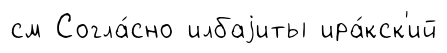
см Согла́сно илбаjиты ира́кск'ий